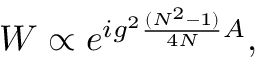
W \propto e ^ { i g ^ { 2 } { \frac { ( N ^ { 2 } - 1 ) } { 4 N } } { \cal A } } ,